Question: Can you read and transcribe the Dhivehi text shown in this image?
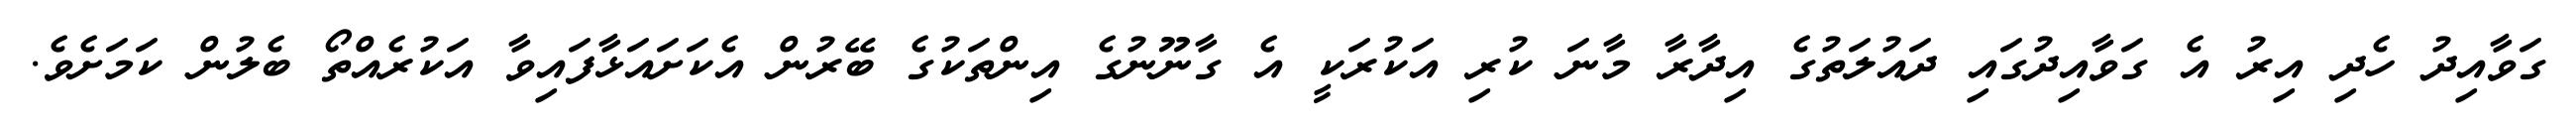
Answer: ގަވާއިދު ހެދި އިރު އެ ގަވާއިދުގައި ދައުލަތުގެ އިދާރާ މާނަ ކުރި އަކުރަކީ އެ ގާނޫނުގެ އިންތަކުގެ ބޭރުން އެކަށައަޅާފައިވާ އަކުރެއްތޯ ބެލުން ކަމަށެވެ.